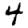
Digit: 4